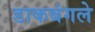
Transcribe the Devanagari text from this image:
डाकबंगले